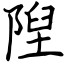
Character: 隉